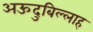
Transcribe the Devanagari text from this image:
अऊदुबिल्लाह